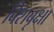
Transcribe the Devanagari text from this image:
बिशबृक्षा